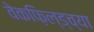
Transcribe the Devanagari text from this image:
वेकफ़िल्ड्च्या